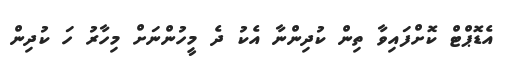
އެޑޮޕްޓް ކޮށްފައިވާ ތިން ކުދިންނާ އެކު ދެ މީހުންނަށް މިހާރު ހަ ކުދިން